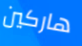
هاركين